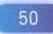
$50$